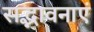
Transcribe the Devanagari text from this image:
सद्भावनाएं